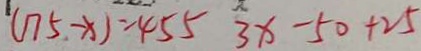
( 1 7 5 - x ) = 4 5 5 3 x - 5 0 + 2 5